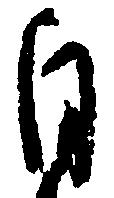
自